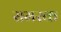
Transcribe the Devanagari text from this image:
समरक